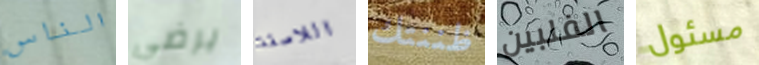
الناس يرضي اللاصقة ظننتك الفلبين مسئول